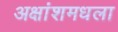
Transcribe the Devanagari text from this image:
अक्षांशमधला